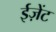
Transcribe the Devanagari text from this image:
ईज़ेंट